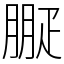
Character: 㽰